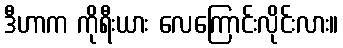
ဒီဟာက ကိုရီးယား လေကြောင်းလိုင်းလား။